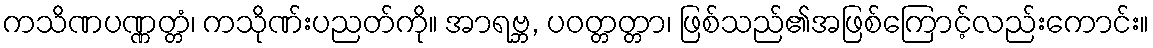
ကသိဏပဏ္ဏတ္တံ၊ ကသိုဏ်းပညတ်ကို။ အာရဗ္ဘ, ပဝတ္တတ္တာ၊ ဖြစ်သည်၏အဖြစ်ကြောင့်လည်းကောင်း။